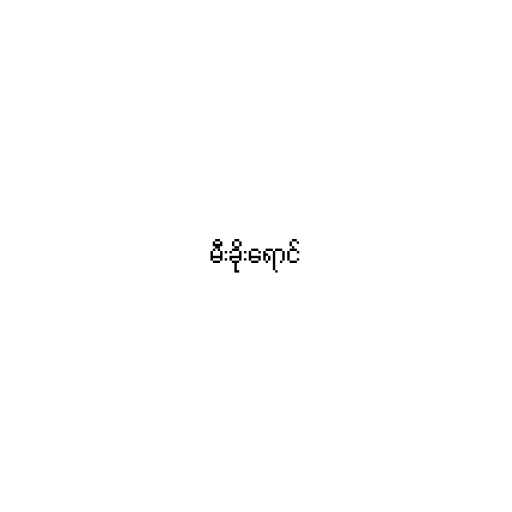
မီးခိုးရောင်